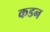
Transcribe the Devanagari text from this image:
कडन